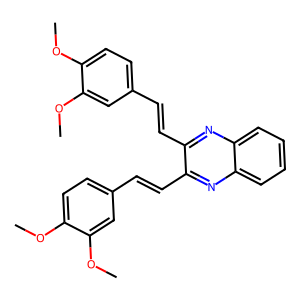
SMILES: COc1ccc(C=Cc2nc3ccccc3nc2C=Cc2ccc(OC)c(OC)c2)cc1OC
Inhibits HIV replication: No